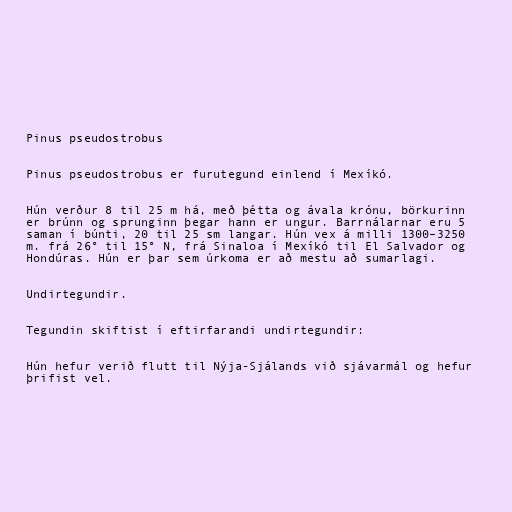
Pinus pseudostrobus

Pinus pseudostrobus er furutegund einlend í Mexíkó.

Hún verður 8 til 25 m há, með þétta og ávala krónu, börkurinn
er brúnn og sprunginn þegar hann er ungur. Barrnálarnar eru 5
saman í búnti, 20 til 25 sm langar. Hún vex á milli 1300–3250
m. frá 26° til 15° N, frá Sinaloa í Mexíkó til El Salvador og
Hondúras. Hún er þar sem úrkoma er að mestu að sumarlagi.

Undirtegundir.

Tegundin skiftist í eftirfarandi undirtegundir:

Hún hefur verið flutt til Nýja-Sjálands við sjávarmál og hefur
þrifist vel.